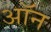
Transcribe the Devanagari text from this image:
अॉन